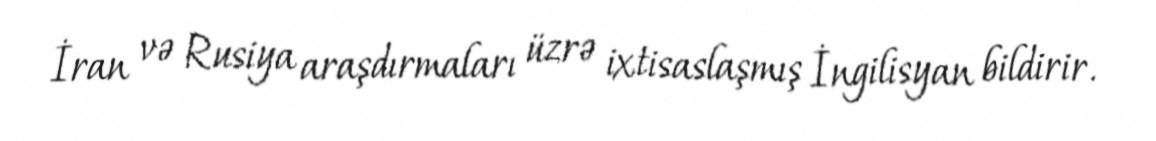
İran və Rusiya araşdırmaları üzrə ixtisaslaşmış İngilisyan bildirir.